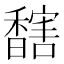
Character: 𩡔